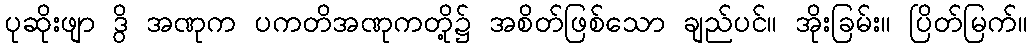
ပုဆိုးဖျာ ဒွိ အဏုက ပကတိအဏုကတို့၌ အစိတ်ဖြစ်သော ချည်ပင်။ အိုးခြမ်း။ ပြိတ်မြက်။